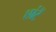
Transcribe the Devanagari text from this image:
छांटें